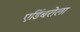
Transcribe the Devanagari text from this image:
एडिंबरोला